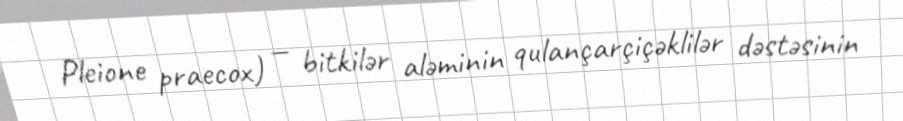
Pleione praecox) — bitkilər aləminin qulançarçiçəklilər dəstəsinin